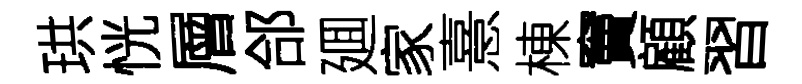
珙恍層郃廽家憙棟竇顧習